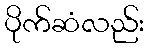
ပိုက်ဆံလည်း